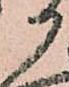
か